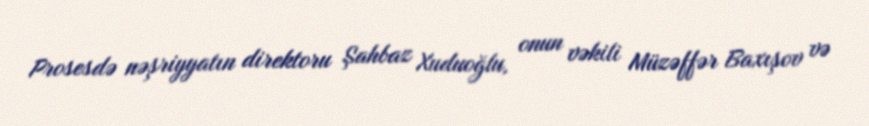
Prosesdə nəşriyyatın direktoru Şahbaz Xuduoğlu, onun vəkili Müzəffər Baxışov və